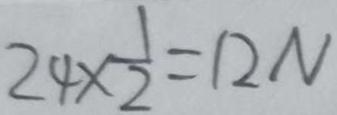
2 4 \times \frac { 1 } { 2 } = 1 2 N